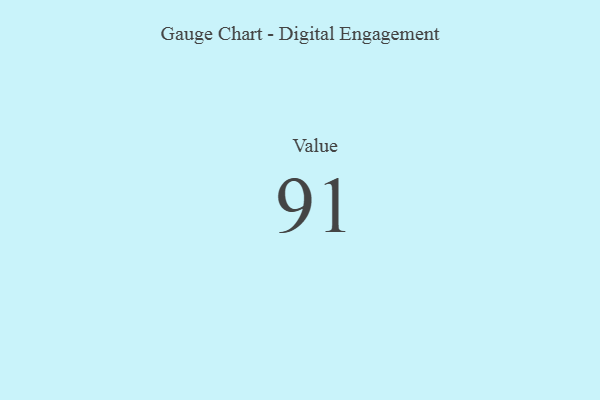
{"axis": {"x": "Metric", "y": "Value"}, "legend": [""], "data": [{"x": "Value", "y": 91, "type": ""}]}